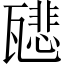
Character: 𤮑